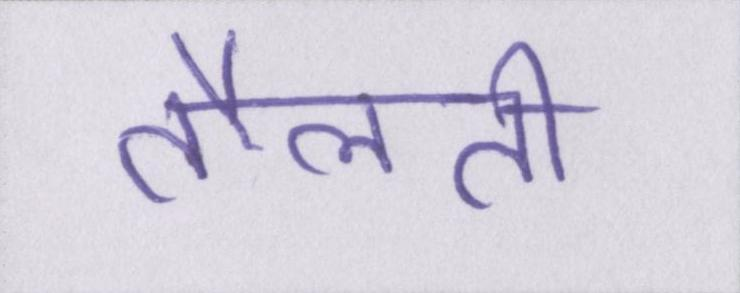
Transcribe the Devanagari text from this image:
तौलती